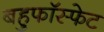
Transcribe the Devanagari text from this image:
बहुफॉस्फेट